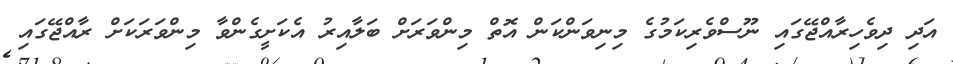
އަދި ދިވެހިރާއްޖޭގައި ނޫސްވެރިކަމުގެ މިނިވަންކަން އޮތް މިންވަރަށް ބަލާއިރު އެކަށީގެންވާ މިންވަރަކަށް ރާއްޖޭގައި